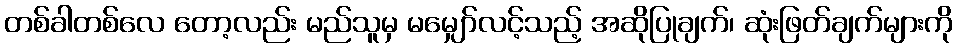
တစ်ခါတစ်လေ တော့လည်း မည်သူမှ မမျှော်လင့်သည့် အဆိုပြုချက်၊ ဆုံးဖြတ်ချက်များကို